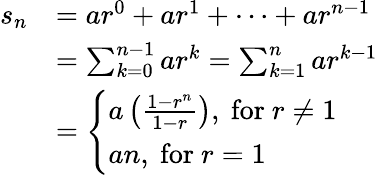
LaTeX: {\begin{array}{rl}{s_{n}}&{=ar^{0}+ar^{1}+\cdots+ar^{n-1}}\\ &{=\sum_{k=0}^{n-1}ar^{k}=\sum_{k=1}^{n}ar^{k-1}}\\ &{={\left\{ \begin{array}{ll}{a\left({\frac{1-r^{n}}{1-r}}\right),{\mathrm{~for~}}r\neq 1}\\ {an,{\mathrm{~for~}}r=1}\end{array}\right.}}\end{array}}